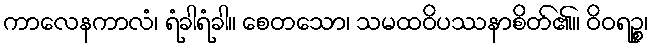
ကာလေနကာလံ၊ ရံခါရံခါ။ စေတသော၊ သမထဝိပဿနာစိတ်၏။ ဝိဝရဉ္စ၊